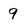
Character: 9